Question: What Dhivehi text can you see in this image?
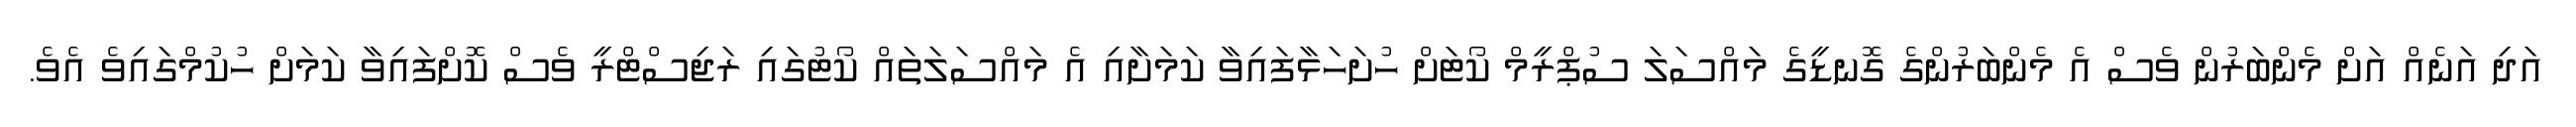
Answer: އަދި އަނެއް އަށް މެންބަރުން ވެސް އެ މެންބަރުންގެ ގޮނޑީގެ މައްސަލަ ސުޕްރީމް ކޯޓަށް ހުށަހަޅާފައިވާ ކަމަށާއި އެ މައްސަލަތައް ކޯޓުގައި ރަޖިސްޓްރީ ވެސް ކޮށްފައިވާ ކަމަށް ހުކުމްގައިވެ އެވެ.